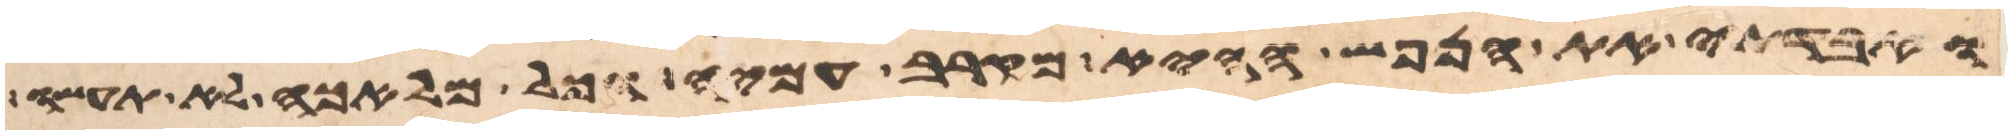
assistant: ואבדתי את הנפש ההיא מקרב עמיה וכל מלאכה לא תעשו